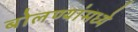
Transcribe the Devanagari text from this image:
बोलण्यांमध्ये